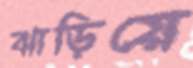
ঝাড়িয়ে